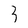
Character: 3